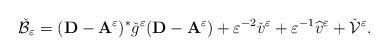
LaTeX: \begin{align*}\check{\mathcal{B}}_\varepsilon =(\mathbf{D}-\mathbf{A}^\varepsilon )^*\check{g}^\varepsilon (\mathbf{D}-\mathbf{A}^\varepsilon )+\varepsilon ^{-2}\check{v}^\varepsilon +\varepsilon ^{-1}\widehat{v}^\varepsilon +\check{\mathcal{V}}^\varepsilon .\end{align*}